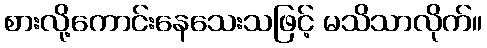
စားလို့ကောင်းနေသေးသဖြင့် မသိသာလိုက်။